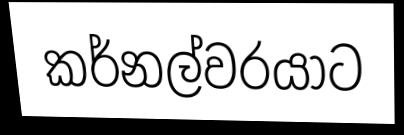
කර්නල්වරයාට